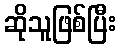
ဆိုသူဖြစ်ပြီး